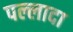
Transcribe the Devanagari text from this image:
पल्लादा